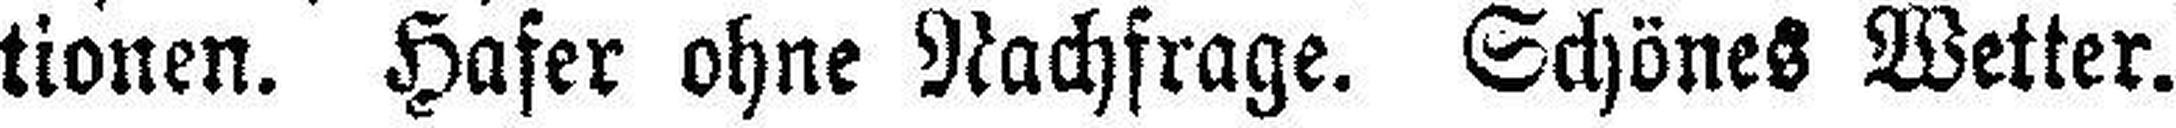
tionen. Hafer ohne Nachfrage. Schönes Wetter.